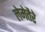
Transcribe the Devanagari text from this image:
लेमेतैरे